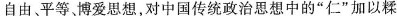
自由、平等、博爱思想，对中国传统政治思想中的“仁”加以糅